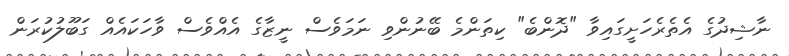
ނާޝިދުގެ އެތެރެހަށީގައިވާ "ދޮންބެ" ކިތަންމެ ބޭނުންވި ނަމަވެސް ނީޒާގެ އެއްވެސް ވާހަކައެއް ގަބޫލުކުރަން